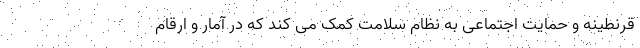
قرنطینه و حمایت اجتماعی به نظام سلامت کمک می کند که در آمار و ارقام